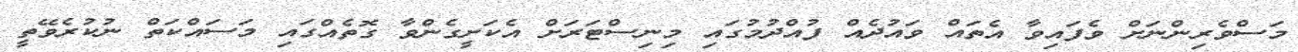
މަސްވެރިންނަށް ވެފައިވާ އެތައް ވައުދެއް ފުއްދުމުގައި މިނިސްޓަރަށް އެކަށީގެންވާ ގޮތެއްގައި މަސައްކަތް ނުކުރެވޭތީ